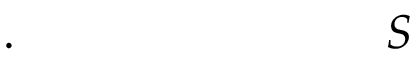
. \qquad \qquad \qquad \quad \; \; \; S